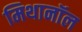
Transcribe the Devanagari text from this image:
मिथानॉल